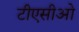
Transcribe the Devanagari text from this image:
टीएसीओ